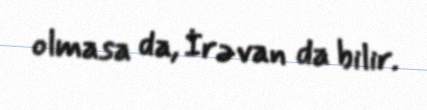
olmasa da, İrəvan da bilir.